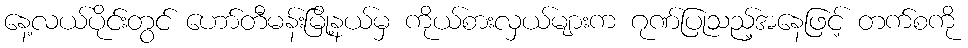
နေ့လယ်ပိုင်းတွင် ဟော်တီမန်းမြို့နယ်မှ ကိုယ်စားလှယ်များက ဂုဏ်ပြုသည့်အနေဖြင့် တက်စကို